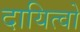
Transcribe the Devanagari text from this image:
दायित्वो